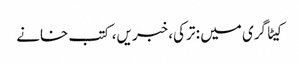
کیٹاگری میں : ترکی، خبریں، کتب خانے